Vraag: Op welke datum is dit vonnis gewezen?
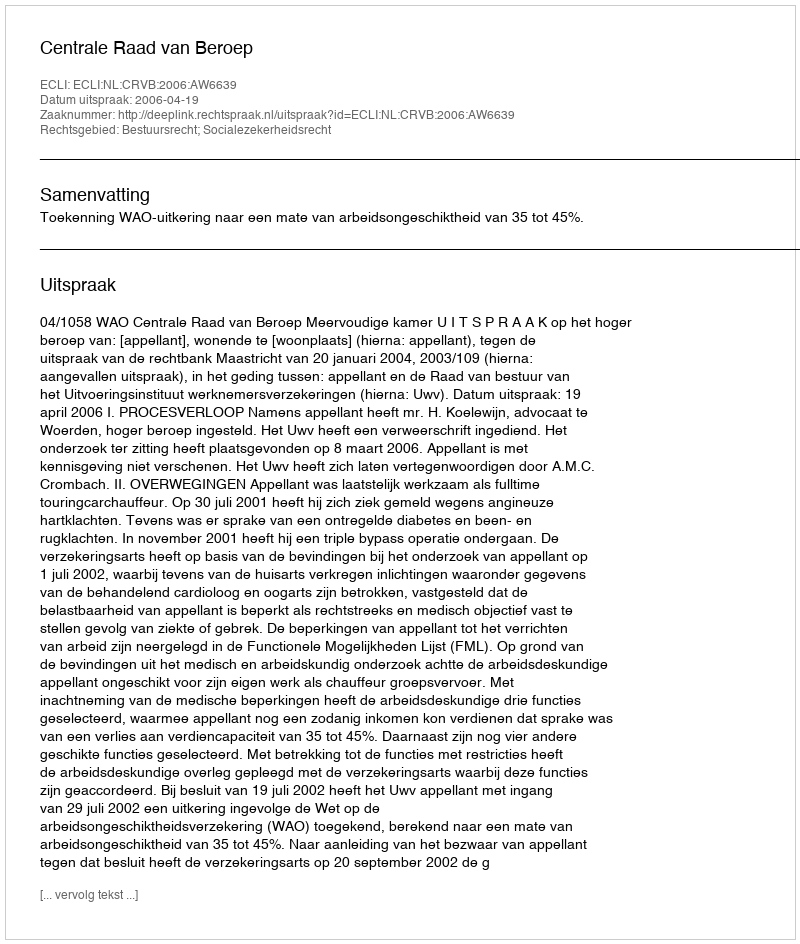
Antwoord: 2006-04-19